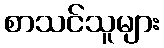
စာသင်သူများ